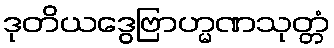
ဒုတိယဒွေဗြာဟ္မဏသုတ္တံ